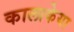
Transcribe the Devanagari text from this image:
कालाकेया